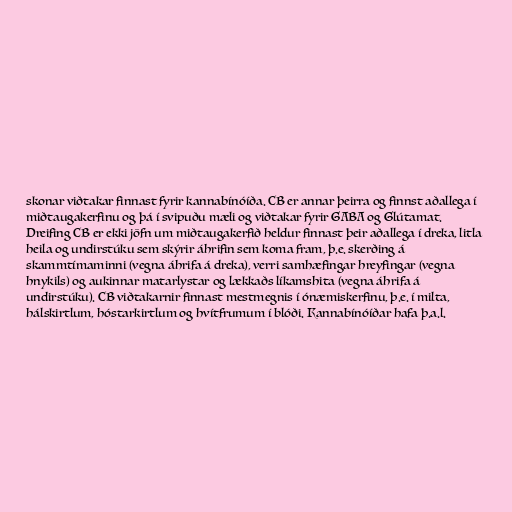
skonar viðtakar finnast fyrir kannabínóíða. CB er annar þeirra og finnst aðallega í
miðtaugakerfinu og þá í svipuðu mæli og viðtakar fyrir GABA og Glútamat.
Dreifing CB er ekki jöfn um miðtaugakerfið heldur finnast þeir aðallega í dreka, litla
heila og undirstúku sem skýrir áhrifin sem koma fram, þ.e. skerðing á
skammtímaminni (vegna áhrifa á dreka), verri samhæfingar hreyfingar (vegna
hnykils) og aukinnar matarlystar og lækkaðs líkamshita (vegna áhrifa á
undirstúku). CB viðtakarnir finnast mestmegnis í ónæmiskerfinu, þ.e. í milta,
hálskirtlum, hóstarkirtlum og hvítfrumum í blóði. Kannabínóíðar hafa þ.a.l.